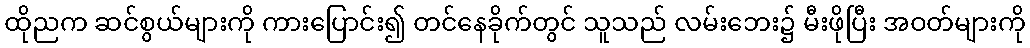
ထိုညက ဆင်စွယ်များကို ကားပြောင်း၍ တင်နေခိုက်တွင် သူသည် လမ်းဘေး၌ မီးဖိုပြီး အဝတ်များကို